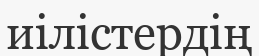
иілістердің